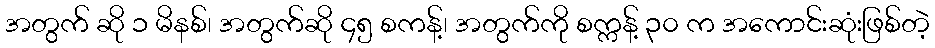
အတွက် ဆို ၁ မိနစ်၊ အတွက်ဆို ၄၅ စကန့်၊ အတွက်ကို စက္ကန့် ၃၀ က အကောင်းဆုံးဖြစ်တဲ့